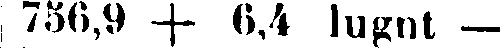
756,9 + 6,4 lugnt -